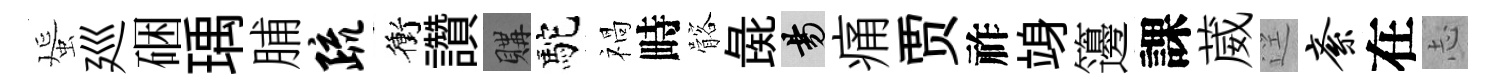
蜑廵硱瑀脯疏衝讚購駝禍畤髂彘昜痛贾祚竧籩課葳逕紊在𢖽